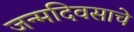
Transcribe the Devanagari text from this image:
जन्मदिवसाचे